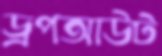
ড্রপআউট